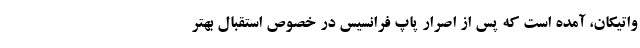
واتیکان، آمده است که پس از اصرار پاپ فرانسیس در خصوص استقبال بهتر